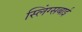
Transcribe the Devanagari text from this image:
स्लिंग्सबाई